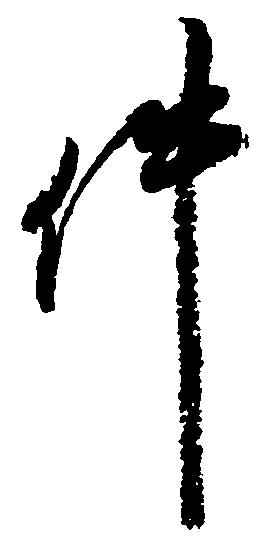
件